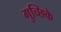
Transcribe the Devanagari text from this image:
गुच्छिके